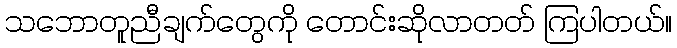
သဘောတူညီချက်တွေကို တောင်းဆိုလာတတ် ကြပါတယ်။